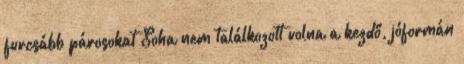
furcsább párosokat Soha nem találkozott volna a kezdő, jóformán